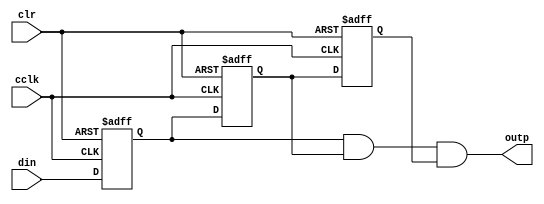
`timescale 1ns / 1ps
//////////////////////////////////////////////////////////////////////////////////
// Instituto Tecnologico de Costa Rica
// Laboratorio de diseo de sistemas digital
// Profesor: Alfonso Chacon
//
// Estudiantes:
// Edgar Solera Bolaos
// Diego Salazar Sibaja 
//
// Control PS2 Teclado
//
//////////////////////////////////////////////////////////////////////////////////
module bounce_eliminator(
   input din,     //Declaramos la entrada tipo bus de 4 bits inp
   input cclk,          //Declaramos la entrada clk
   input clr,           //Declaramos la entrada clr
   output outp    //Declaramos la salida tipo bus de 4 bits outp
   );

reg delay1;       //Declaramos la conexion auxiliar tipo reg delay1
reg delay2;       //Declaramos la conexion auxiliar tipo reg delay2
reg delay3;       //Declaramos la conexion auxiliar tipo reg delay3

always @(posedge cclk or posedge clr) begin
   if(clr) begin        //Si se activa clr
      delay1<=0;        //el siguiente valor de delay1 sera 0
      delay2<=0;        //el siguiente valor de delay2 sera 0
      delay3<=0;        //el siguiente valor de delay3 sera 0
   end
   else begin           //De lo contrario
      delay1<=din;      //el siguiente valor de delay1 sera inp
      delay2<=delay1;   //el siguiente valor de delay2 sera delay1
      delay3<=delay2;   //el siguiente valor de delay3 sera delay2
   end
end

//Si la entrada inp es 1 durante 3 ciclos de cclk  outp sera 1.
assign outp = delay1 & delay2 & delay3;   //outp sera 1 si delay1, delay2 y delay3 son 1.

endmodule